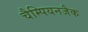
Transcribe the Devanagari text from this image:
चैम्पियनजैक